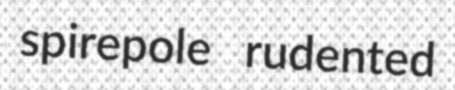
spirepole rudented